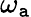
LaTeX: \omega_{\mathtt{a}}